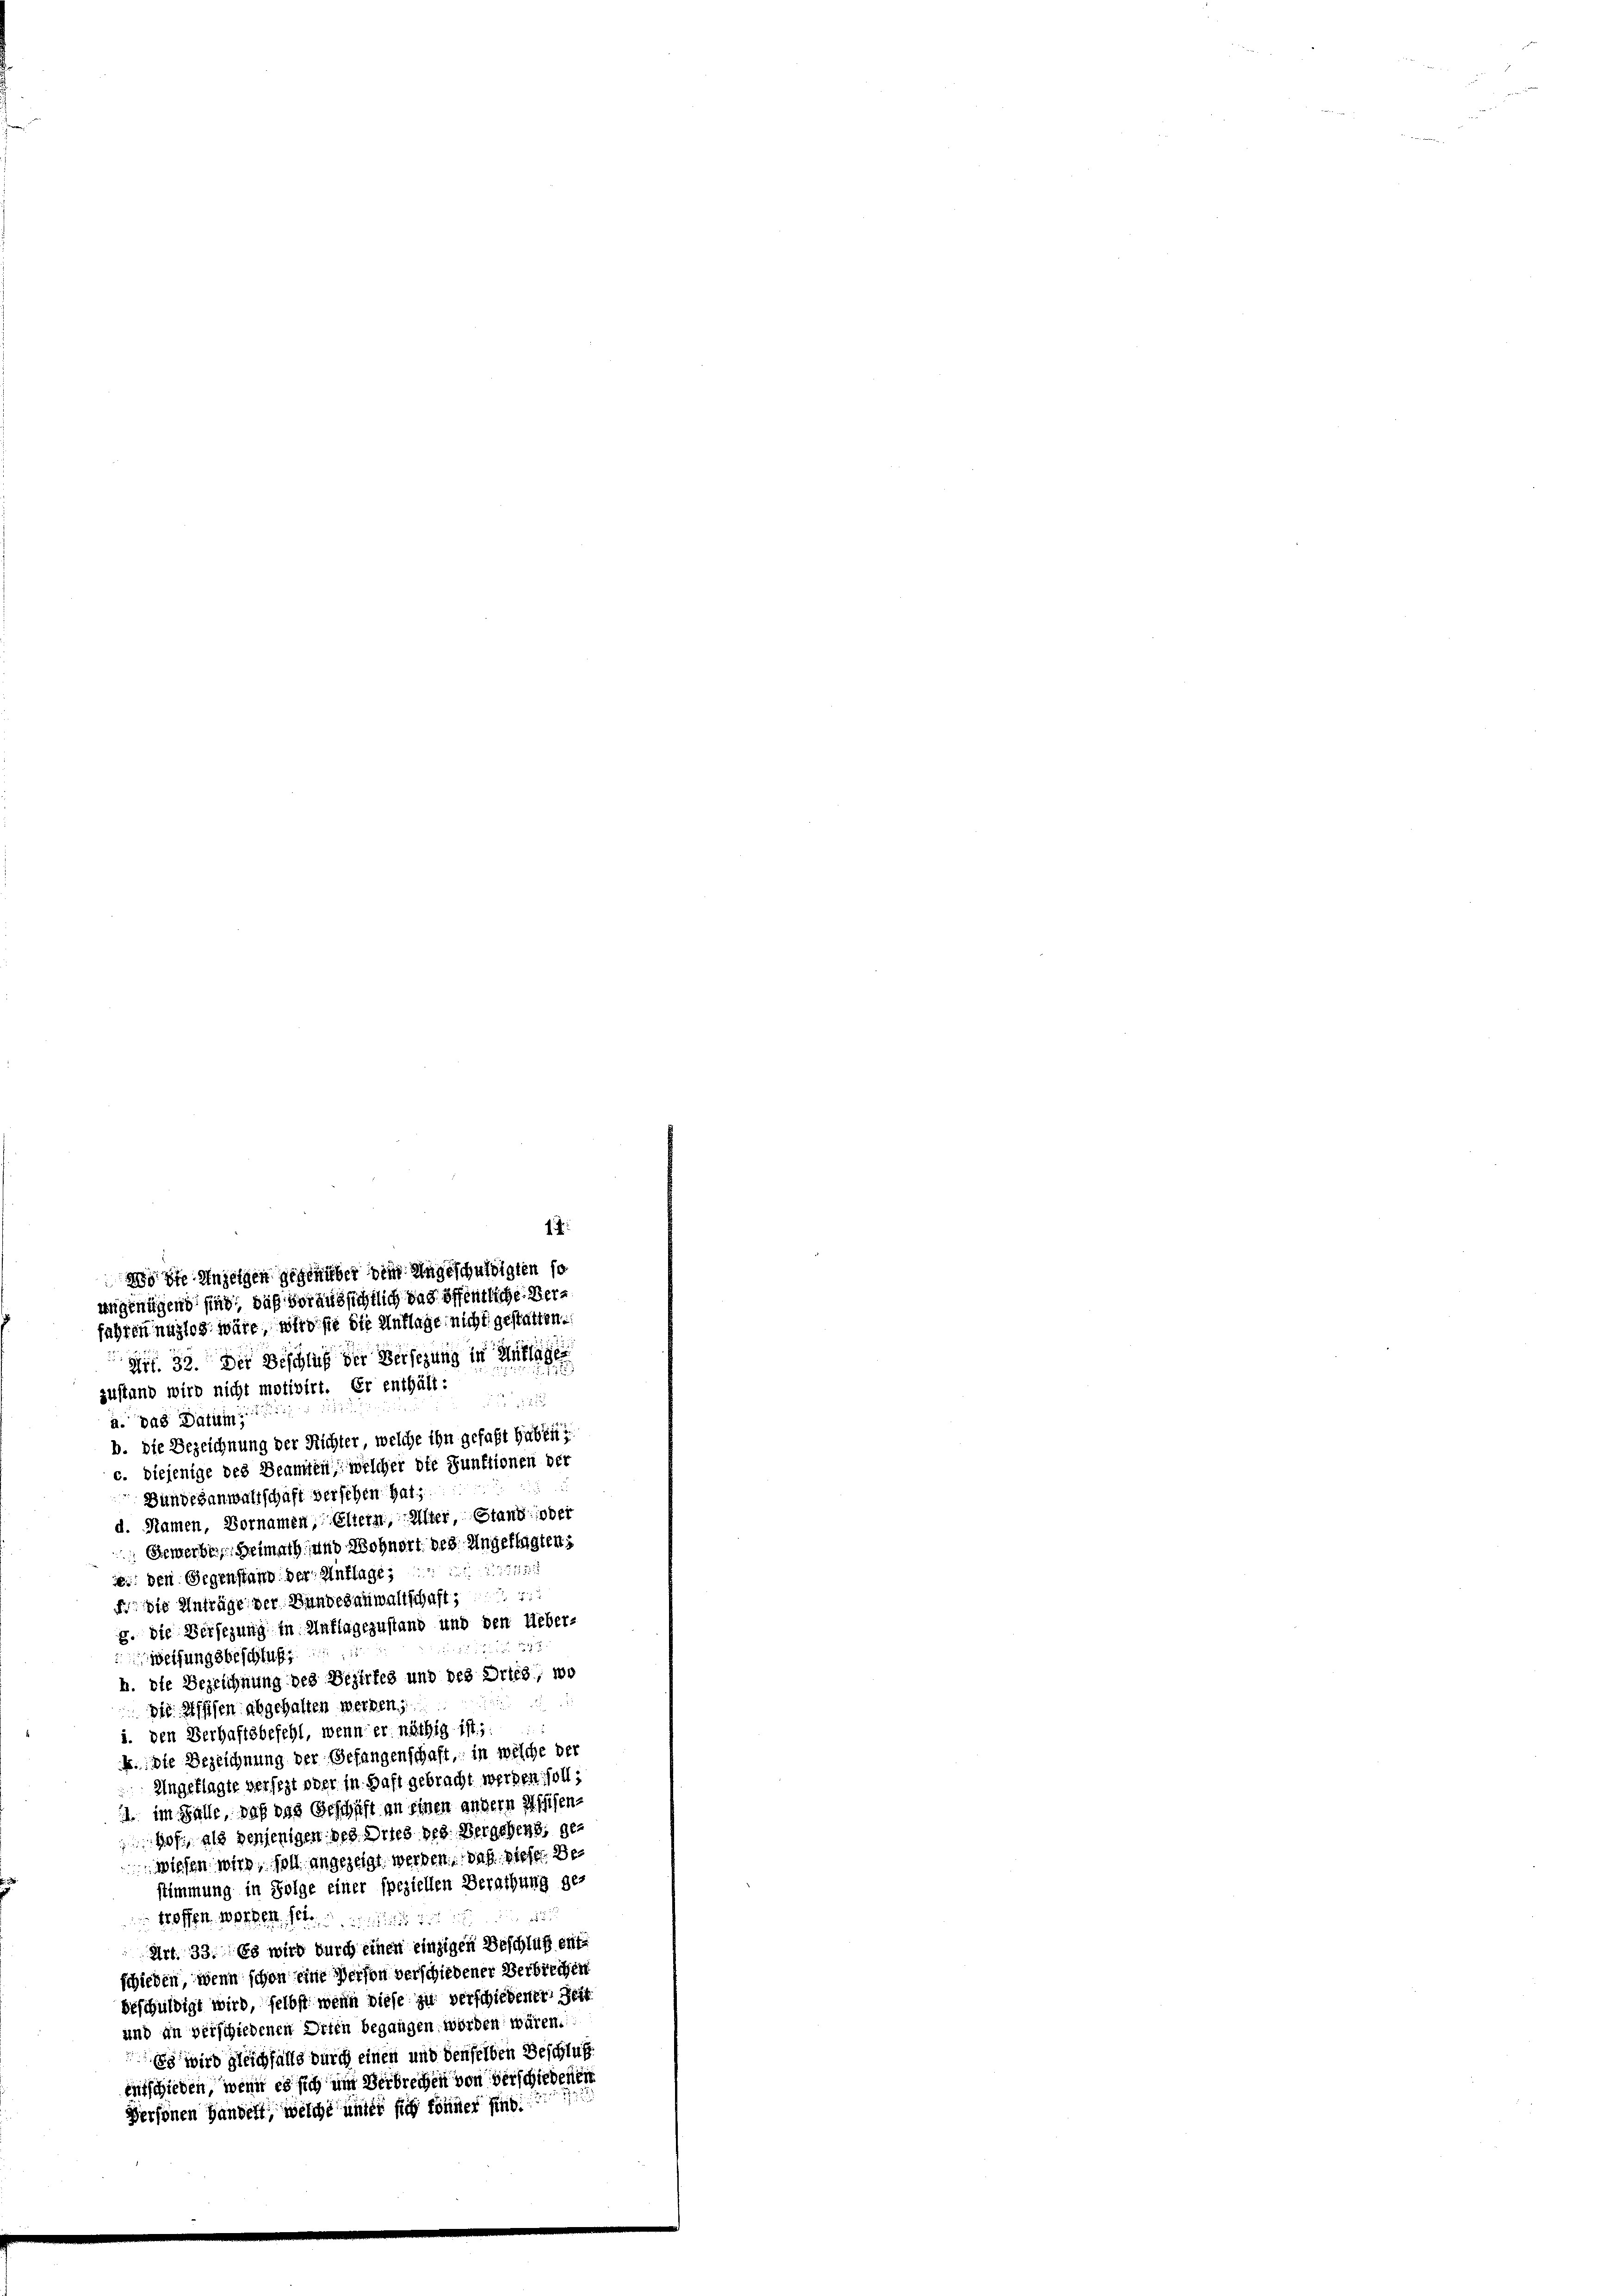
19
Wo die Anzeigen geschüber dem Angeschuldigten so
ungenügend sind, daß voraussichtlich das öffentliche Verfahren nuzlos wäre, wird sie die Unflage nicht gestatten.

Art. 32. Der Beschluß der Verlegung in Mattägli
zustand wird nicht motivirt. Er enthält:

a. Das Datum
b. die Bezeichnung der Richter, welche ihn gefaßt haben?
c. diejenige des Beamten, welcher die Funktionen der
Bundesanwaltschaft versehen hat.
d. Namen, Vornamen, Eltern, Alter, Stand oder
 Gewerbe, Heimath und Wohnort des Angeklagten
se: den Gegenstand der Anflage, die
F. Die Anträge der Bundesanwaltschaft,
g. die Versezung in Unflagezustand und den Ueber-
2
Weisungsbeschluß
h. die Bezeichnung des Bezirkes und des Dries, wo

 Die Assisen abgehalten werden,
i. den Verhaftsbefehl, wenn er nächig ist;
k. die Bezeichnung der Gefangenschaft, in welche der
Angeklagte versezt oder in Haft gebracht werden soll,
 im Falle, daß das Geschäft an einen andern Assisen-
Hof, als denjenigen des Dries des Vergehend, gewiesen wird, soll angezeigt werden, daß dieser Be
stimmung in Folge einer speziellen Berathung ge-
2
troffen, worden, sel.
Art. 33. Es wird durch einen einzigen Beschluß entschieden, wenn schon eine Person verschiedener Verbiechen
beschuldigt wird, selbst wenn diese zu verschiedener Zeit
und in verschiedenen Orten begangen, worden wären.
Es wird gleichfalls durch einen und denselben Beschluß
eutschieden, wenn es sich um Verbrechen von verschiedenen
Personen Handelt, welche unter sich könner find